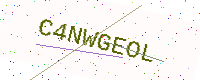
Text: C4NWGEOL